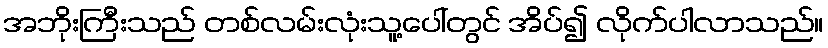
အဘိုးကြီးသည် တစ်လမ်းလုံးသူ့ပေါ်တွင် အိပ်၍ လိုက်ပါလာသည်။